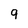
Character: 9